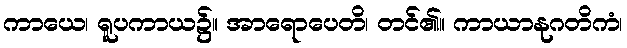
ကာယေ၊ ရူပကာယ၌။ အာရောပေတိ၊ တင်၏။ ကာယာနုဂတိကံ၊